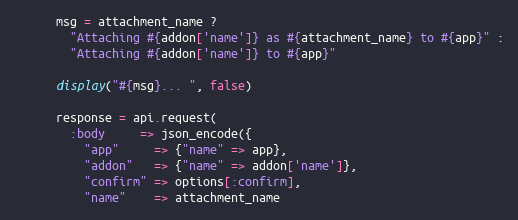
Language: Ruby
      msg = attachment_name ?
        "Attaching #{addon['name']} as #{attachment_name} to #{app}" :
        "Attaching #{addon['name']} to #{app}"

      display("#{msg}... ", false)

      response = api.request(
        :body     => json_encode({
          "app"     => {"name" => app},
          "addon"   => {"name" => addon['name']},
          "confirm" => options[:confirm],
          "name"    => attachment_name